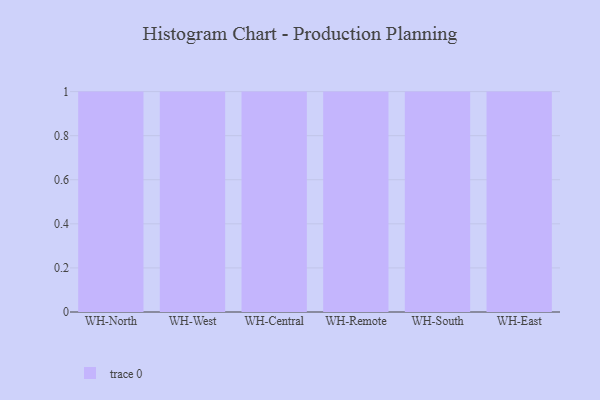
{"axis": {"x": "Warehouse", "y": "Backlog"}, "legend": [""], "data": [{"x": "WH-North", "y": 34, "type": ""}, {"x": "WH-West", "y": 69, "type": ""}, {"x": "WH-Central", "y": 36, "type": ""}, {"x": "WH-Remote", "y": 87, "type": ""}, {"x": "WH-South", "y": 46, "type": ""}, {"x": "WH-East", "y": 18, "type": ""}]}